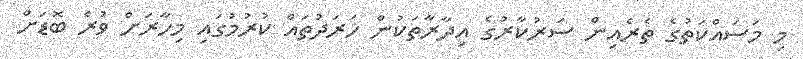
މި މަސައްކަތުގެ ތެރެއިން ސަރުކާރުގެ އިދާރާތަކުން ހަރަދުތައް ކުރުމުގައި މިހާރަށް ވުރެ ބޮޑަށް